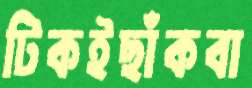
টিকইছাঁকবা